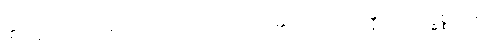
၏။ ဣတိဝါ၊ ကြောင့်လည်း။ ဧကောဒိ၊ မည်၏။ တေဟိ၊ ထိုနီဝရဏဥဒ္ဓစ္စတို့မှ။